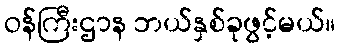
ဝန်ကြီးဌာန ဘယ်နှစ်ခုဖွင့်မယ်။